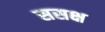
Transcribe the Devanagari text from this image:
ससक्ष